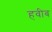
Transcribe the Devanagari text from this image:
हवीब